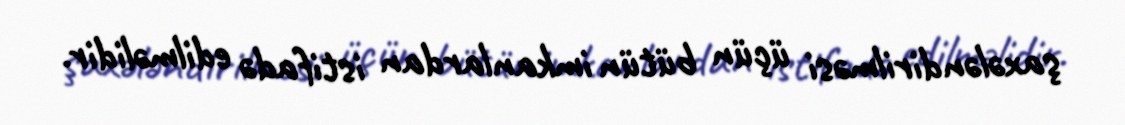
şaxələndirilməsi üçün bütün imkanlardan istifadə edilməlidir.